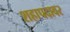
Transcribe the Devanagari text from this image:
शहापदावर